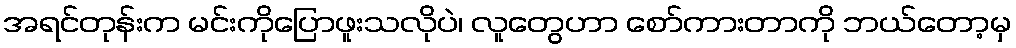
အရင်တုန်းက မင်းကိုပြောဖူးသလိုပဲ၊ လူတွေဟာ စော်ကားတာကို ဘယ်တော့မှ